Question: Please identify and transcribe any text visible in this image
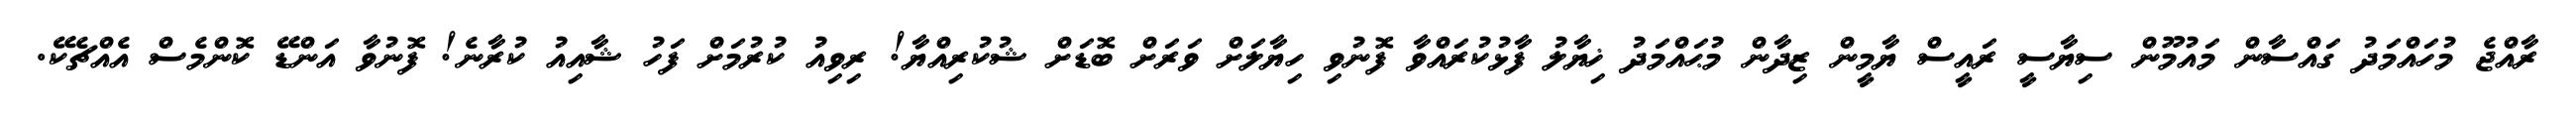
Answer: ރާއްޖެ މުހައްމަދު ގައްސާން މައުމޫން ސިޔާސީ ރައީސް ޔާމީން ޒިދާން މުޙައްމަދު ޚިޔާލު ފާޅުކުރައްވާ ފޮނުވި ހިޔާލަށް ވަރަށް ބޮޑަށް ޝުކުރިއްޔާ! ރިވިއު ކުރުމަށް ފަހު ޝާއިއު ކުރާނެ! ފޮނުވާ އަންޑޭ ކޮންމެސް އެއްޗެކޭ.